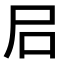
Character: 𡰪